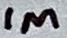
Text: 1M